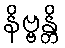
နိဗ္ဗန္တိ